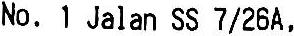
NO. 1 JALAN SS 7/26A,